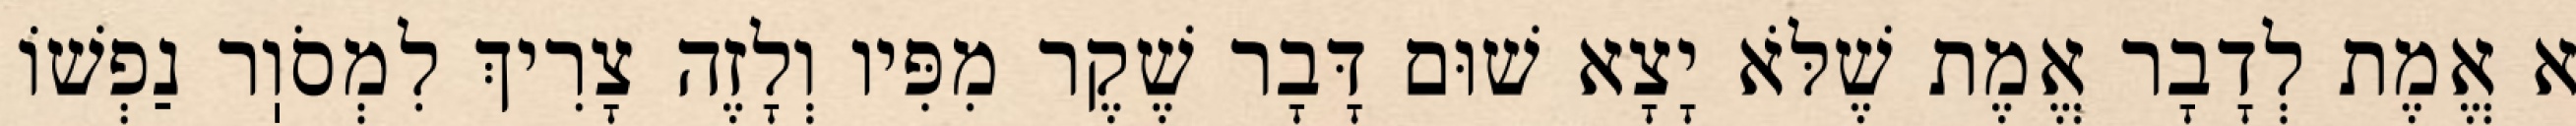
א אֱמֶת לְדָבָר אֱמֶת שֶׁלֹּא יָצָא שׁוּם דָּבָר שֶׁקֶר מִפִּיו וְלָזֶה צָרִיךְ לִמְסֹוֽר נַפְשׁוֹ